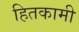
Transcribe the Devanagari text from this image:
हितकामी